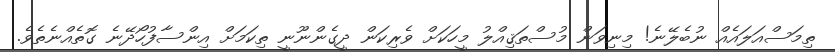
ތިމަސްއަލައެއް ނުބެލޭނެ! މިނިވަން މުސްތަޤިއްލު މީހަކަށް ވެރިކަން ދީގެންނޫނީ ތިކަމަށް އިންސާފުހޯދޭނެ ގޮތެއްނެތެވެ.